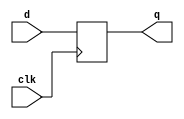
// various flop (register) and mux definitions. 
module flop #(parameter WIDTH = 8)
             (input                  clk,
              input      [WIDTH-1:0] d, 
              output reg [WIDTH-1:0] q);

   always @(posedge clk)             
	  q <= d;
endmodule